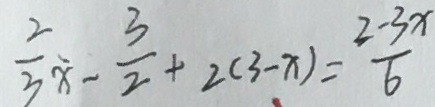
\frac { 2 } { 3 } x - \frac { 3 } { 2 } + 2 ( 3 - x ) = \frac { 2 - 3 x } { 6 }